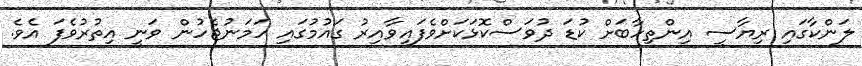
ލަންކާގައި ރިޔާސީ އިންތިހާބަށް ކުޑަ ދުވަސްކޮޅަކަށްވެފައިވާއިރު ގައުުމުގައި ހަމަނުޖެހުން ވަނީ އިތުރުވެފަ އެވެ.